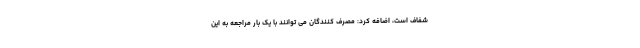
شفاف است، اضافه کرد: مصرف کنندگان می توانند با یک بار مراجعه به این